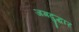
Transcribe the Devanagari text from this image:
जगदुद्धार